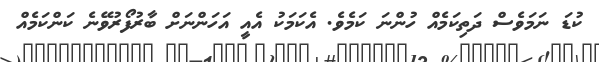
ކުޑަ ނަމަވެސް ދަތިކަމެއް ހުންނަ ކަމެވެ. އެކަމަކު އެއީ އަހަންނަށް ބާރުފޯރުވޭނެ ކަންކަމެއް